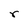
Character: r